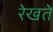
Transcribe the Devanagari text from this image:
रेखते